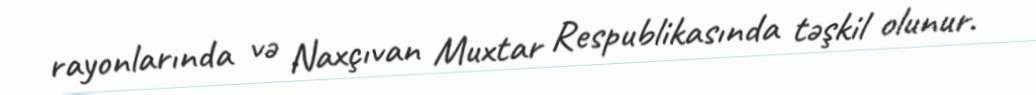
rayonlarında və Naxçıvan Muxtar Respublikasında təşkil olunur.